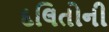
દલિતોની